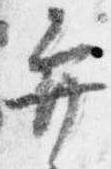
弁